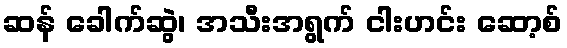
ဆန် ခေါက်ဆွဲ၊ အသီးအရွက် ငါးဟင်း ဆော့စ်